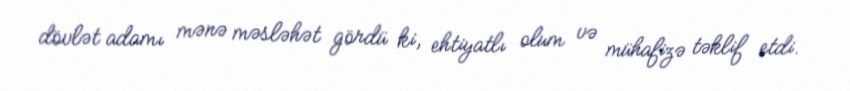
dövlət adamı mənə məsləhət gördü ki, ehtiyatlı olum və mühafizə təklif etdi.